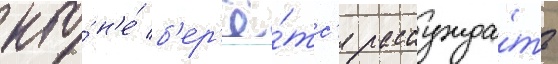
кто́ н'е́ б'ер'ё́тс'я рассужда́ть